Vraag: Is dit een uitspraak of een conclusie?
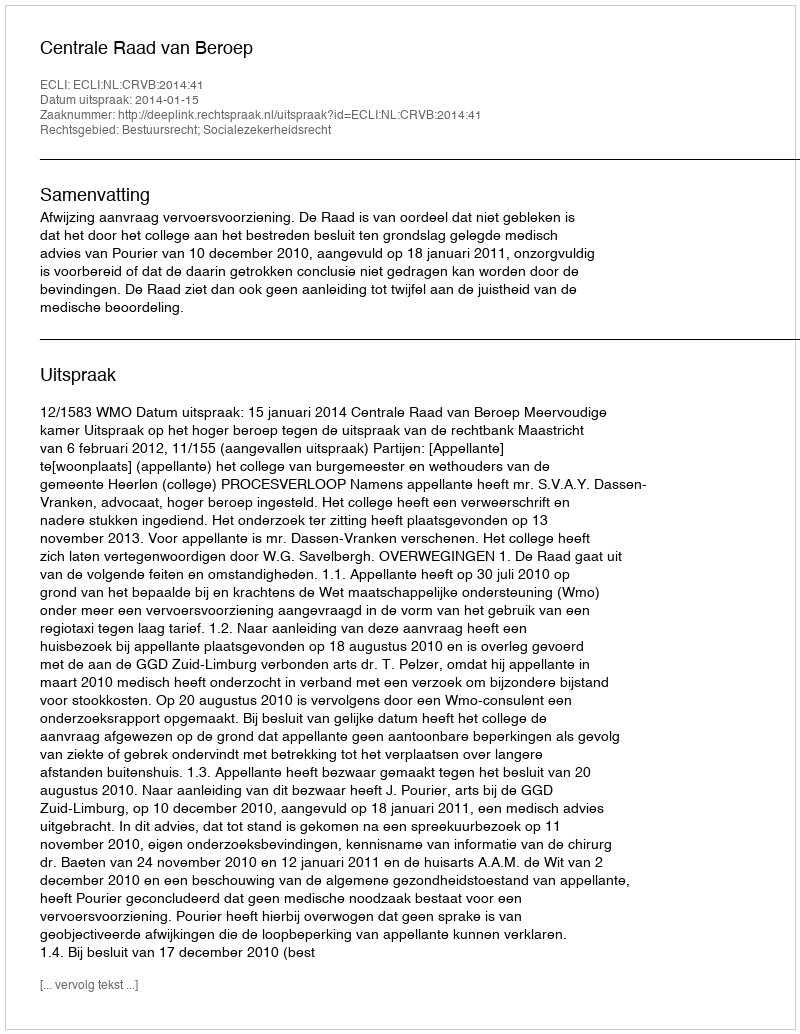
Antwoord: Uitspraak